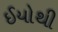
ઈયોથી